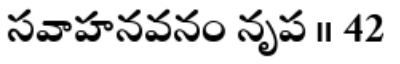
సవాహనవనం నృప ॥ 42